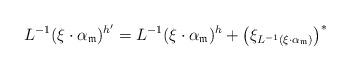
LaTeX: \begin{gather*}L^{-1}(\xi\cdot\alpha_{\mathfrak{m}})^{h'}=L^{-1}(\xi\cdot\alpha_{\mathfrak{m}})^h+\big(\xi_{L^{-1}(\xi\cdot\alpha_{\mathfrak{m}})}\big)^{\ast}\end{gather*}